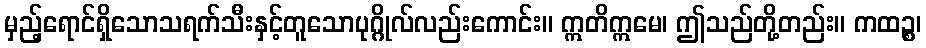
မှည့်ရောင်ရှိသောသရက်သီးနှင့်တူသောပုဂ္ဂိုလ်လည်းကောင်း။ ဣတိဣမေ၊ ဤသည်တို့တည်း။ ကထဉ္စ၊